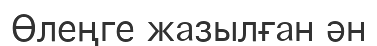
Өлеңге жазылған ән